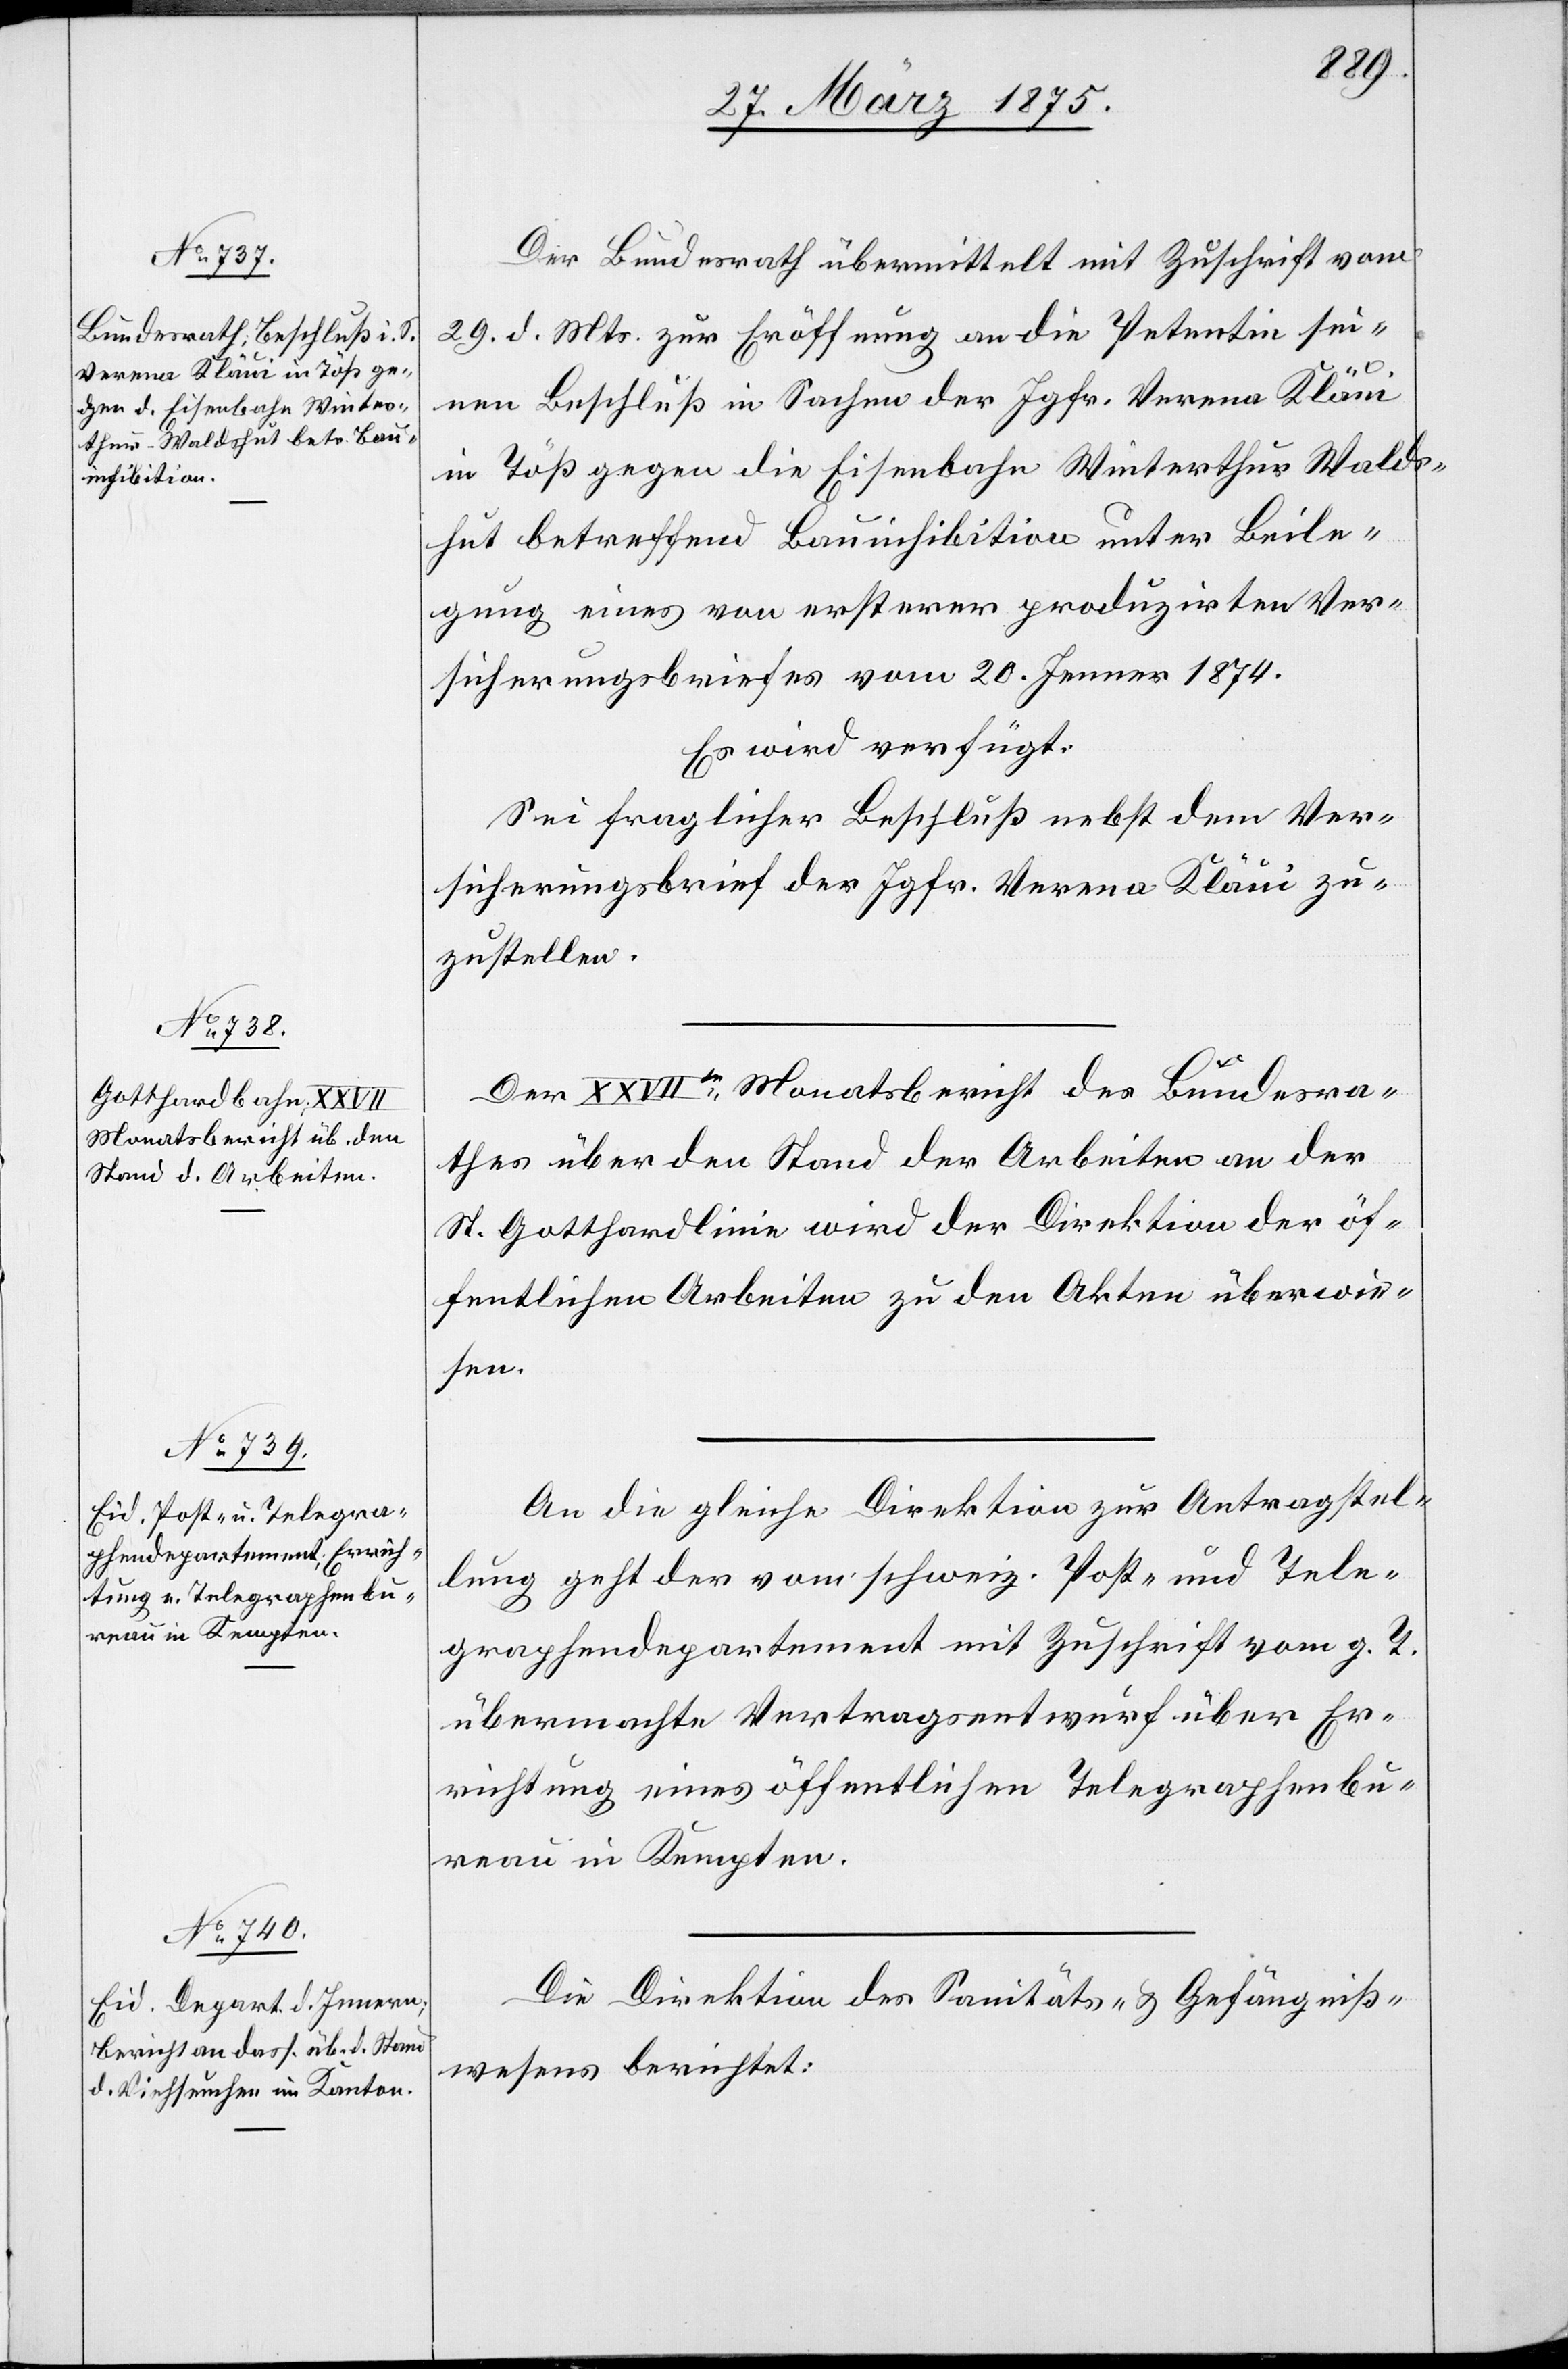
reau in Kempten.

31. März 1875.]
Der Bundesrath übermittelt mit Zuschrift vom
29. d. Mts. zur Eröffnung an die Petentin sei¬
nen Beschluß in Sachen der Jgfr. Verena Kläui
in Töß gegen die Eisenbahn Winterthur Walds¬
hut betreffend Bauinhibition unter Beile¬
gung eines von ersterer produzirten Ver¬
sicherungsbriefes vom 20. Jenner 1874.
Es wird verfügt:
Sei fraglicher Beschluß nebst dem Ver¬
sicherungsbrief der Jgfr. Verena Kläui zu¬
zustellen.
Der XXVIIte Monatsbericht des Bundesra¬
thes über den Stand der Arbeiten an der
St. Gotthardlinie wird der Direktion der öf¬
fentlichen Arbeiten zu den Akten überwie¬
sen.
An die gleiche Direktion zur Antragstel¬
lung geht der vom schweiz. Post- und Tele¬
graphendepartement mit Zuschrift vom g. T.
übermachte Vertragsentwurf über Er¬
richtung eines öffentlichen Telegraphenbu¬
Die Direktion des Sanitäts- & Gefängniß¬
wesens berichtet: